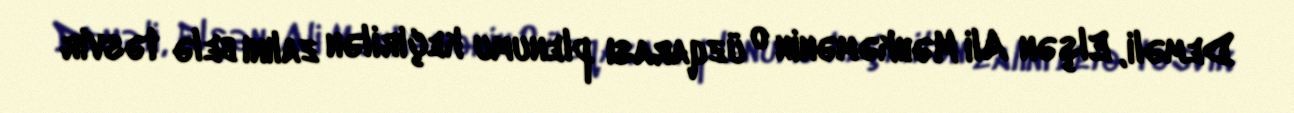
Deməli, Elşən Ali Məhkəmənin o üzqarası plenumu keçirilən zalını belə təsvir